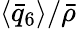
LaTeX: \langle\bar{q}_{6}\rangle/\bar{\rho}